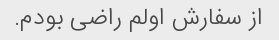
از سفارش اولم راضی بودم.